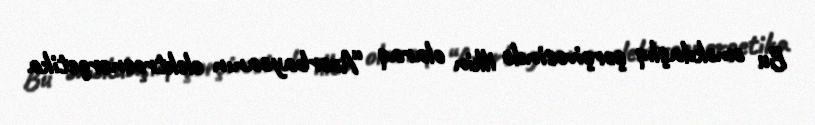
Bu əməkdaşlıq çərçivəsində ilkin olaraq “Azərbaycanın elektroenergetika